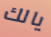
يالك